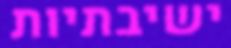
ישיבתיות